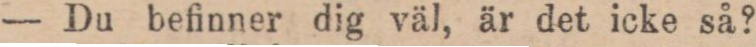
— Du befinner dig väl, är det icke så?